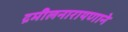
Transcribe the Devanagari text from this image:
द्रमीलनारायणाने